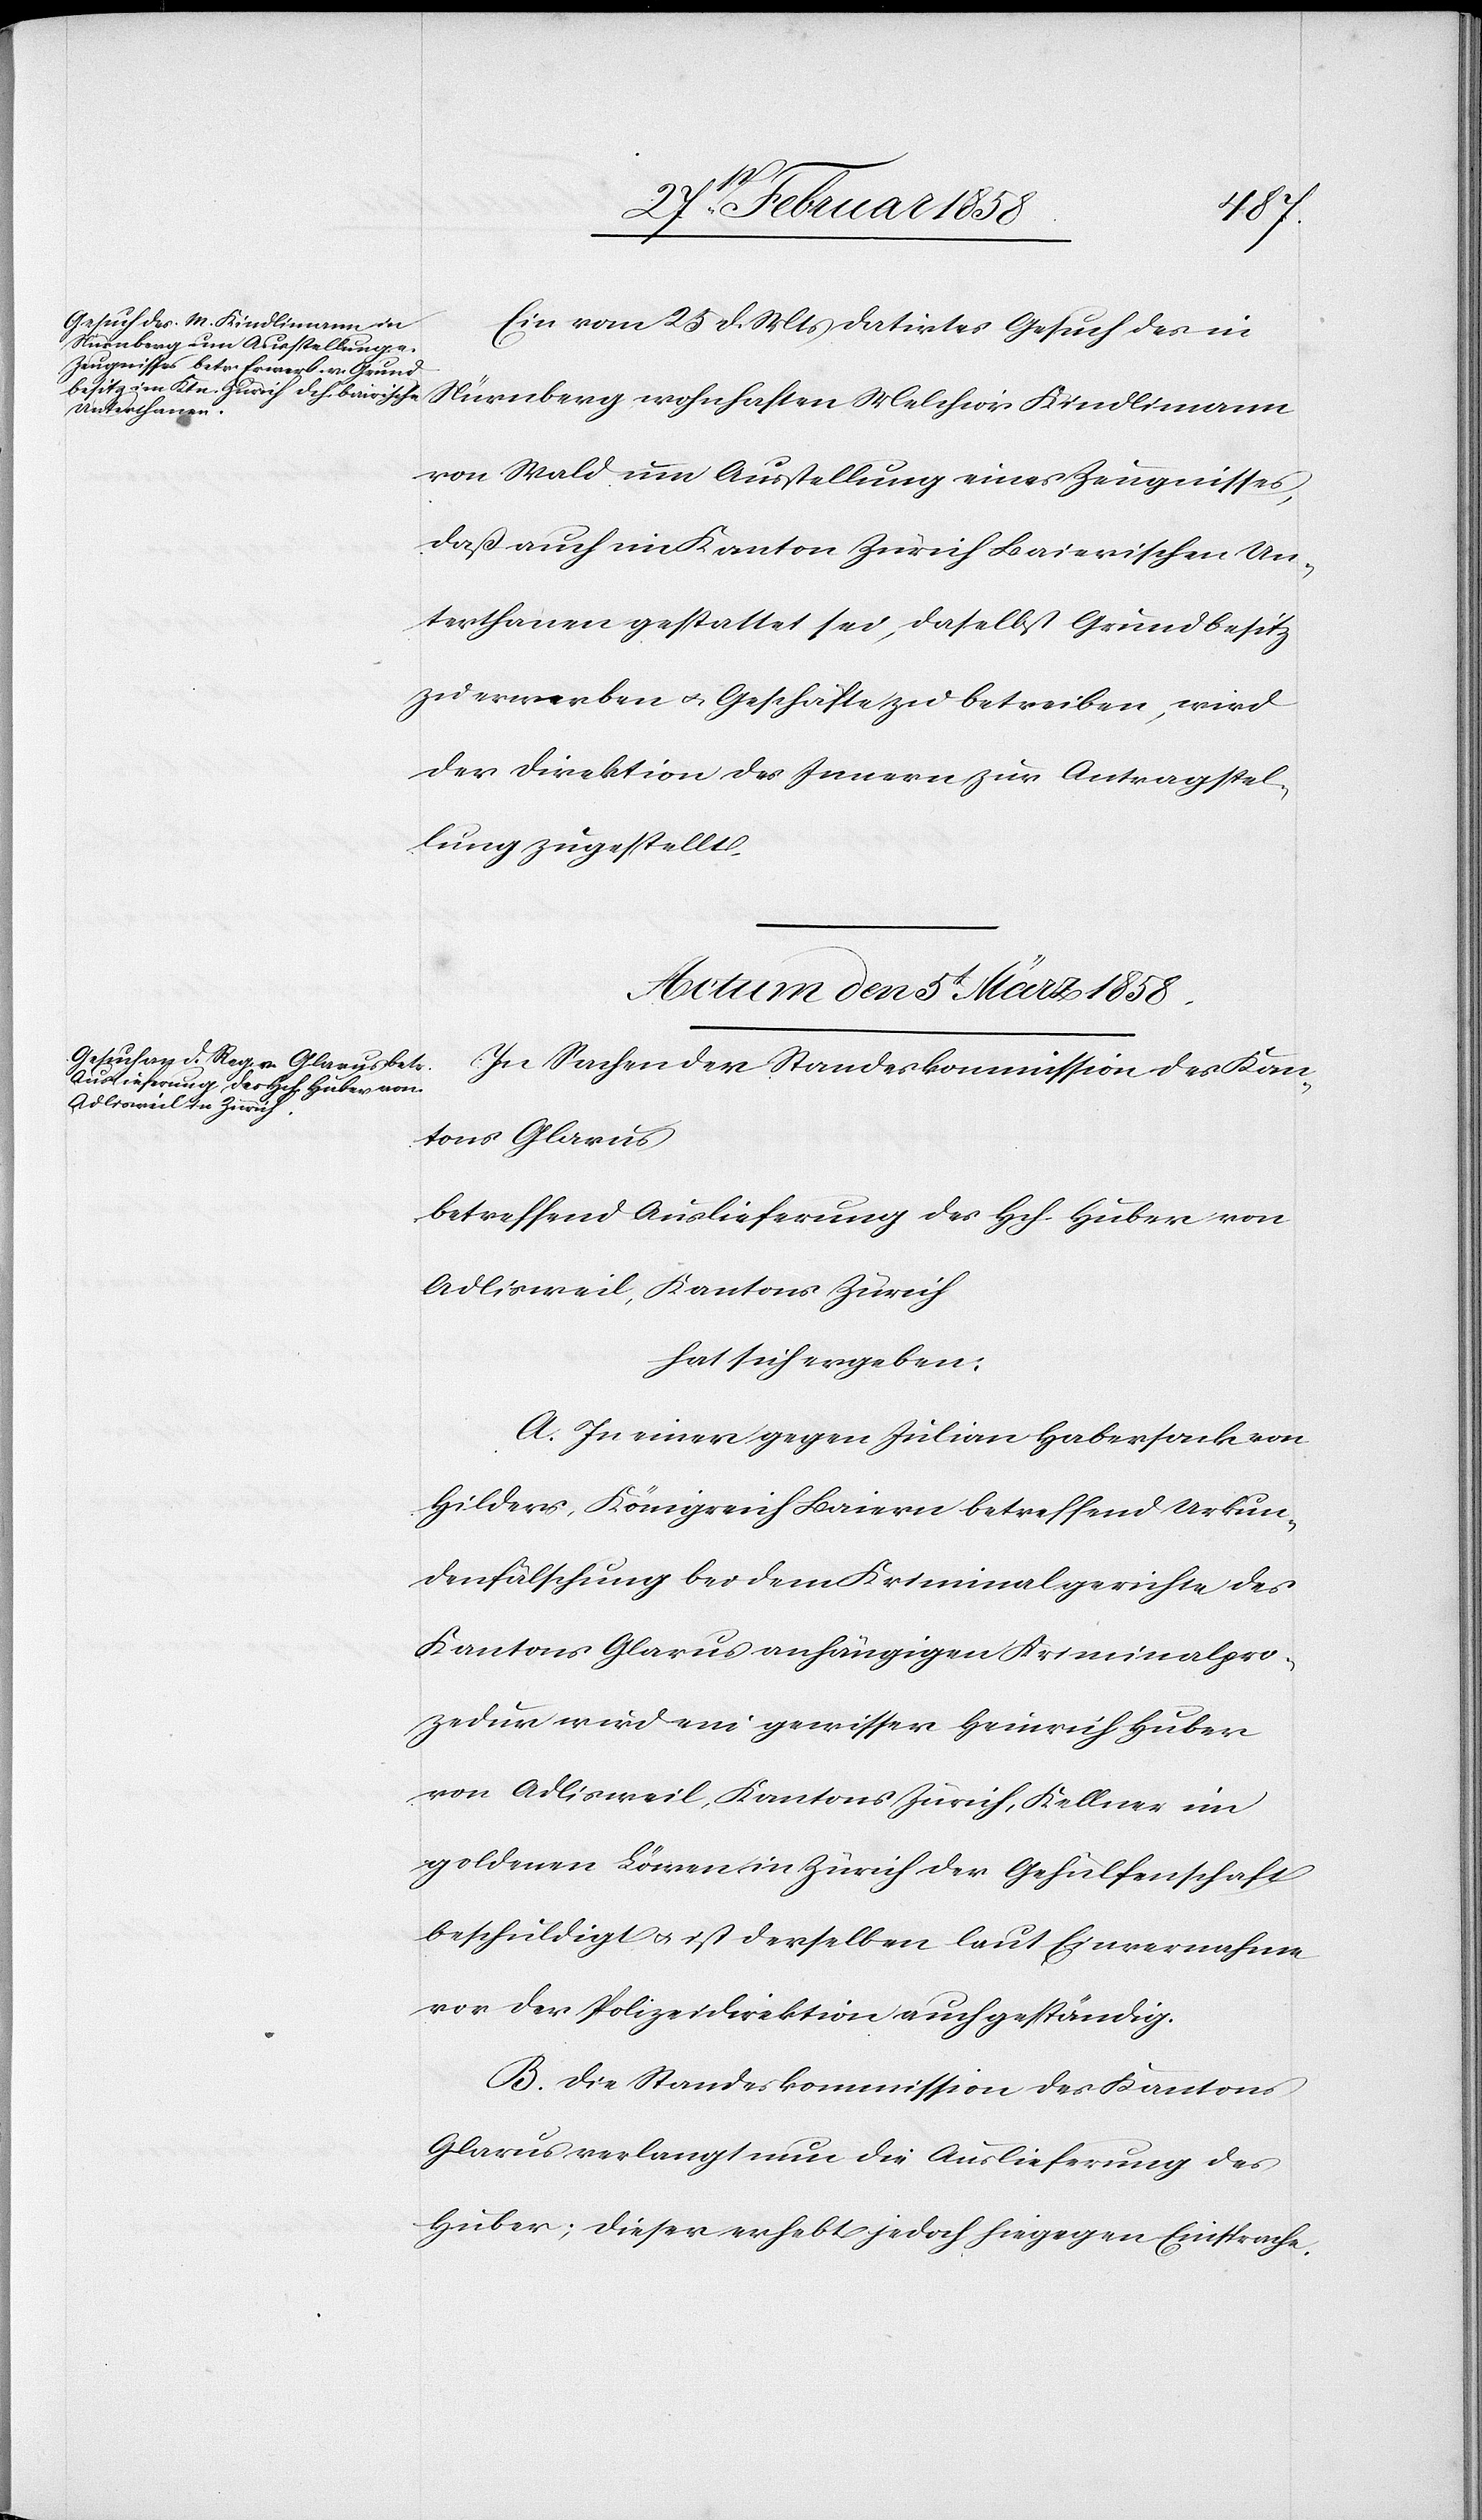
Ein vom 25 d. Mts datiertes Gesuch des in
Nürnberg wohnhaften Melchior Kindlimann
von Wald um Ausstellung eines Zeugnisses,
daß auch im Kanton Zürich Baierischen Un¬
terthanen gestattet sei, daselbst Grundbesitz
zu erwerben u. Geschäfte zu betreiben, wird
der Direktion des Innern zur Antragstel¬
lung zugestellt.
Actum den 5t März 1858.
In Sachen der Standeskommission des Kan¬
tons Glarus
betreffend Auslieferung des Hch. Huber von
Adlisweil, Kantons Zürich
hat sich ergeben:
A. In einer gegen Julian Habersack von
Hilders, Königreich Baiern betreffend Urkun¬
denfälschung bei dem Kriminalgerichte des
Kantons Glarus anhängigen Kriminalpro¬
zedur wird ein gewisser Heinrich Huber
von Adlisweil, Kantons Zürich, Kellner im
goldenen Löwen in Zürich der Gehülfenschaft
beschuldigt u. ist derselben laut Einvernahme
vor der Polizeidirektion auch geständig.
B. Die Standeskommission des Kantons
Glarus verlangt nun die Auslieferung des
Huber; dieser erhebt jedoch hiegegen Einsprache.